Dysentery and liver abscess in Bombay - Number 47
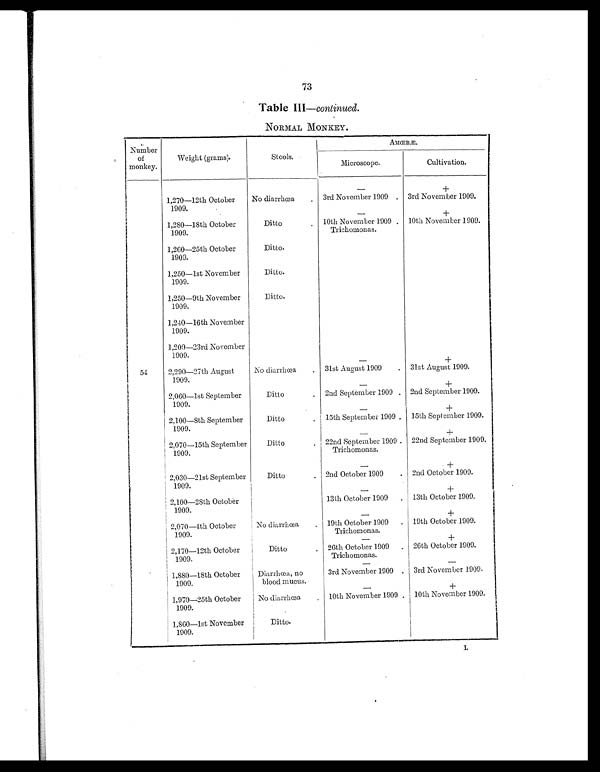
73
Table III— continued.
NORMAL MONKEY.
Number
of
monkey.
Weight (grams).
Stools.
AMŒBÆ.
Microscope.
Cultivation.
—
+
1,270—12th October
1909.
No diarrhœa .
3rd November 1909 . 3rd November 1909.
—
+
1,280—18th October
1909.
Ditto
.
10th November 1909 . 10th November 1909.
Trichomonas.
1,260—25th October
1909.
Ditto.
1,250—1st November
1909.
Ditto.
1,250—9th November
1909.
Ditto.
1,240—16th November
1909.
1,200—23rd November
1909.
54
2,290—27th August
1909.
No diarrhœa .
—
31st August 1909 .
+
31st August 1909.
—
+
2,060—1st September
1909.
Ditto
. 2nd September 1909 . 2nd September 1909.
—
+
2,100—8th September
1909.
Ditto
. 15th September 1909 . 15th September 1909.
—
+
2,070—15th September
1909.
Ditto
. 22nd September 1909 . 22nd September 1909.
Trichomonas.
—
+
2,030—21st September
1909.
Ditto
. 2nd October 1909 . 2nd October 1909.
—
+
2,100—28th October
1909.
13th October 1909 . 13th October 1909.
—
+
2,070—4th October
1909.
No diarrhœa . 19th October 1909 . 19th October 1909.
Trichomonas.
—
+
2,170—12th October
1909.
Ditto
. 26th October 1909 . 26th October 1909.
Trichomonas.
—
—
1,880—18th October
1909.
Diarrhœa, no
blood mucus.
3rd November 1909 . 3rd November 1909.
—
+
1,970—95th October
1909.
No diarrhœa . 10th November 1909 . 10th November 1909.
1,860—1st November
1909.
Ditto.
l